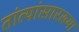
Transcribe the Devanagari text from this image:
तांत्यांसारख्या